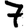
Digit: 7